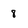
Character: 8